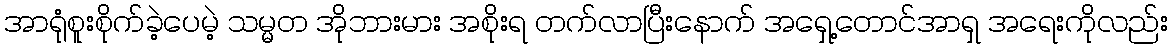
အာရုံစူးစိုက်ခဲ့ပေမဲ့ သမ္မတ အိုဘားမား အစိုးရ တက်လာပြီးနောက် အရှေ့တောင်အာရှ အရေးကိုလည်း